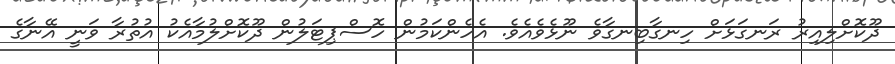
ދޫކޮށްލިއިރު ރަނގަޅަށް ހިނގާބިނގާވެ ނޫޅެވެއެވެ. އެހެންކަމުން ހޮސްޕިޓަލުން ދޫކޮށްލުމާއެކު އުތުރާ ވަނީ އޭނާގެ